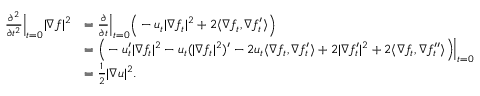
\begin{array} { r l } { \frac { \partial ^ { 2 } } { \partial t ^ { 2 } } \Big | _ { t = 0 } | \nabla f | ^ { 2 } } & { = \frac { \partial } { \partial t } \Big | _ { t = 0 } \Big ( - u _ { t } | \nabla f _ { t } | ^ { 2 } + 2 \langle \nabla f _ { t } , \nabla f _ { t } ^ { \prime } \rangle \Big ) } \\ & { = \Big ( - u _ { t } ^ { \prime } | \nabla f _ { t } | ^ { 2 } - u _ { t } ( | \nabla f _ { t } | ^ { 2 } ) ^ { \prime } - 2 u _ { t } \langle \nabla f _ { t } , \nabla f _ { t } ^ { \prime } \rangle + 2 | \nabla f _ { t } ^ { \prime } | ^ { 2 } + 2 \langle \nabla f _ { t } , \nabla f _ { t } ^ { \prime \prime } \rangle \Big ) \Big | _ { t = 0 } } \\ & { = \frac { 1 } { 2 } | \nabla u | ^ { 2 } . } \end{array}